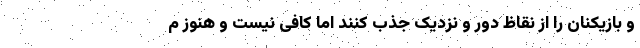
و بازیکنان را از نقاظ دور و نزدیک جذب کنند اما کافی نیست و هنوز م